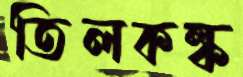
তিলকল্ক